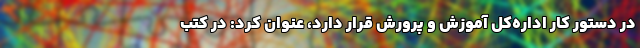
در دستور کار اداره‌کل آموزش و پرورش قرار دارد، عنوان کرد: در کتب